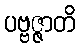
ပဗ္ဗဇ္ဇာတိ